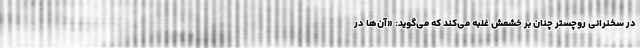
در سخنرانی روچستر چنان بر خشمش غلبه می‌کند که می‌گوید: «آن‌ها در